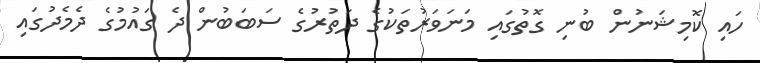
ހައި ކޮމިޝަނުން ބުނި ގޮތުގައި މަނަވަރުތަކުގެ ދަތުރުގެ ސަބަބުން ދެ ގައުމުގެ ދެމެދުގައި